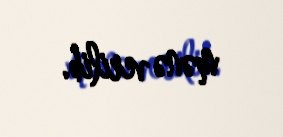
mənə verilib.